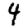
Digit: 4